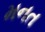
મનત